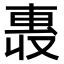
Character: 𫩄